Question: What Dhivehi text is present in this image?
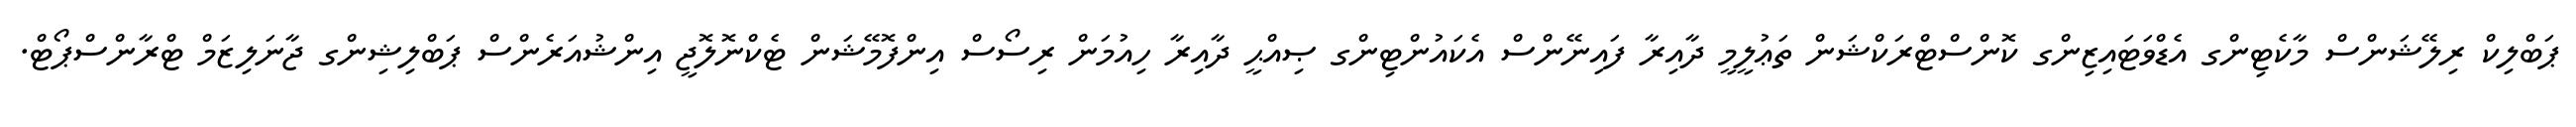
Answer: ޕަބްލިކް ރިލޭޝަންސް މާކެޓިންގ އެޑްވަޓައިޒިންގ ކޮންސްޓްރަކްޝަން ތަޢުލީމީ ދާއިރާ ފައިނޭންސް އެކައުންޓިންގ ޞިއްޙީ ދާއިރާ ހިއުމަން ރިސޯސް އިންފޮމޭޝަން ޓެކްނޮލޮޖީ އިންޝުއަރެންސް ޕަބްލިޝިންގ ޖާނަލިޒަމް ޓްރާންސްޕޯޓް.